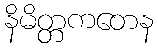
နိမိတ္တကတေန